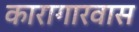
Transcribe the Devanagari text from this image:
कारागारवास